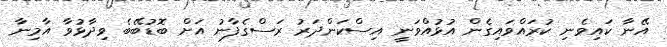
އޭނާ ކައިވެނި ކުރައްވައިގެން އުޅުއްވަނީ އިސްކަންދަރު ރަސްގެފާނު އަށް ބޮޑުބޭބެ ވިދާޅުވާ އާމިނާ